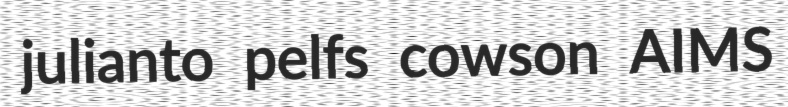
julianto pelfs cowson AIMS